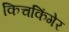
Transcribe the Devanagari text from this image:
किचकिंगेर